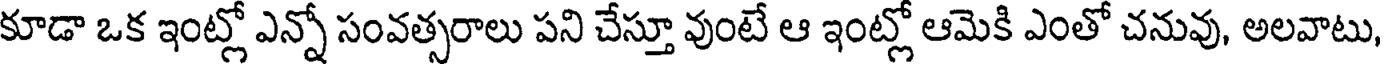
కూడా ఒక ఇంట్లో ఎన్నో సంవత్సరాలు పని చేస్తూ వుంటే ఆ ఇంట్లో ఆమెకి ఎంతో చనువు, అలవాటు